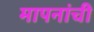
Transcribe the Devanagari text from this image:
मापनांची